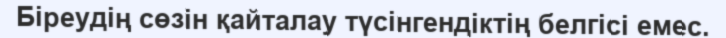
Біреудің сөзін қайталау түсінгендіктің белгісі емес.